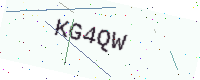
Text: KG4QW